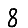
Digit: 8